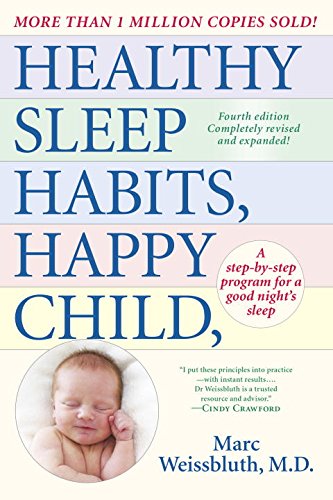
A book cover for Healthy Sleep Habits, Happy Child, 4th Edition: A Step-by-Step Program for a Good Night's Sleep; Marc Weissbluth M.D.; Health, Fitness & Dieting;